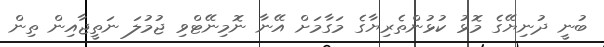
ބުނީ ދުނިޔޭގެ މޮޅު ކުޅުންތެރިޔާގެ މަގާމަށް އޭނާ ނޮމިނޭޓްވި ޖުމުލަ ނަތީޖާއިން ތިން